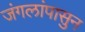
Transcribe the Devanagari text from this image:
जंगलांपासुन